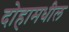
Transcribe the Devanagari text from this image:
दोहामधील